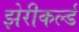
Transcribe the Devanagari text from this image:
झेरीकर्ल्ड